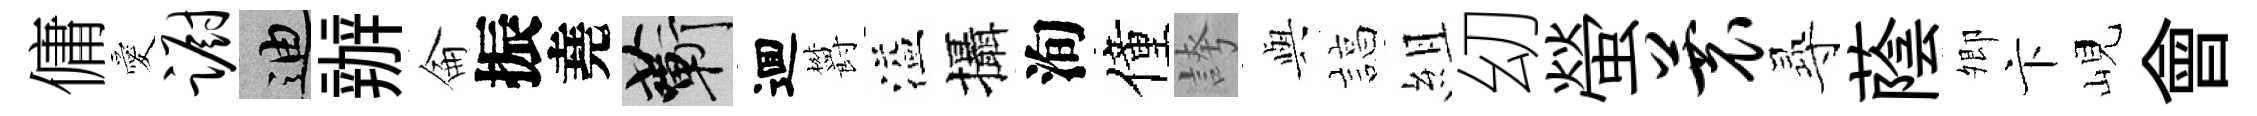
傭愛蹰迪辦侖振堯蔪逥欝溢攝洵僮誇𫤰諄組㓜螢蓑𡬶蔭𡖖卞峴會